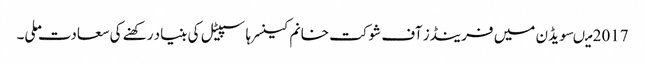
2017 میںسویڈن میں فرینڈز آف شوکت خانم کینسر ہاسپیٹل کی بنیاد رکھنے کی سعادت ملی۔